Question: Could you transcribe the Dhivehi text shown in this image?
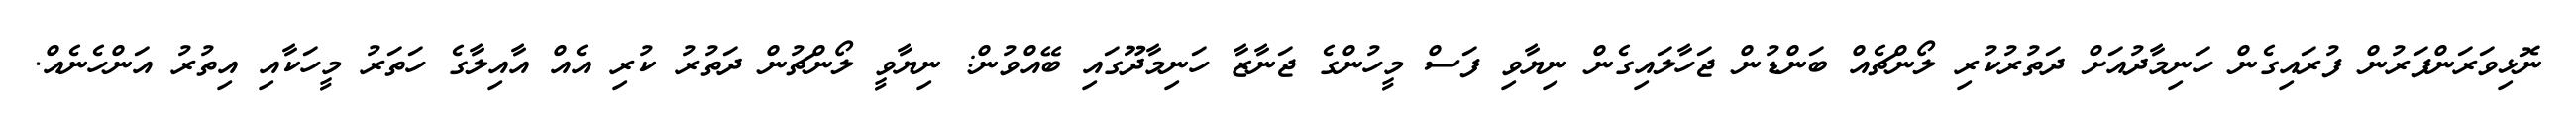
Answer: ނޮޅިވަރަންފަރުން ފުރައިގެން ހަނިމާދުއަށް ދަތުރުކުރި ލޯންޗެއް ބަންޑުން ޖަހާލައިގެން ނިޔާވި ފަސް މީހުންގެ ޖަނާޒާ ހަނިމާދޫގައި ބޭއްވުން: ނިޔާވީ ލޯންޗުން ދަތުރު ކުރި އެއް އާއިލާގެ ހަތަރު މީހަކާއި އިތުރު އަންހެނެއް.